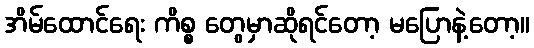
အိမ်ထောင်ရေး ကိစ္စ တွေမှာဆိုရင်တော့ မပြောနဲ့တော့။